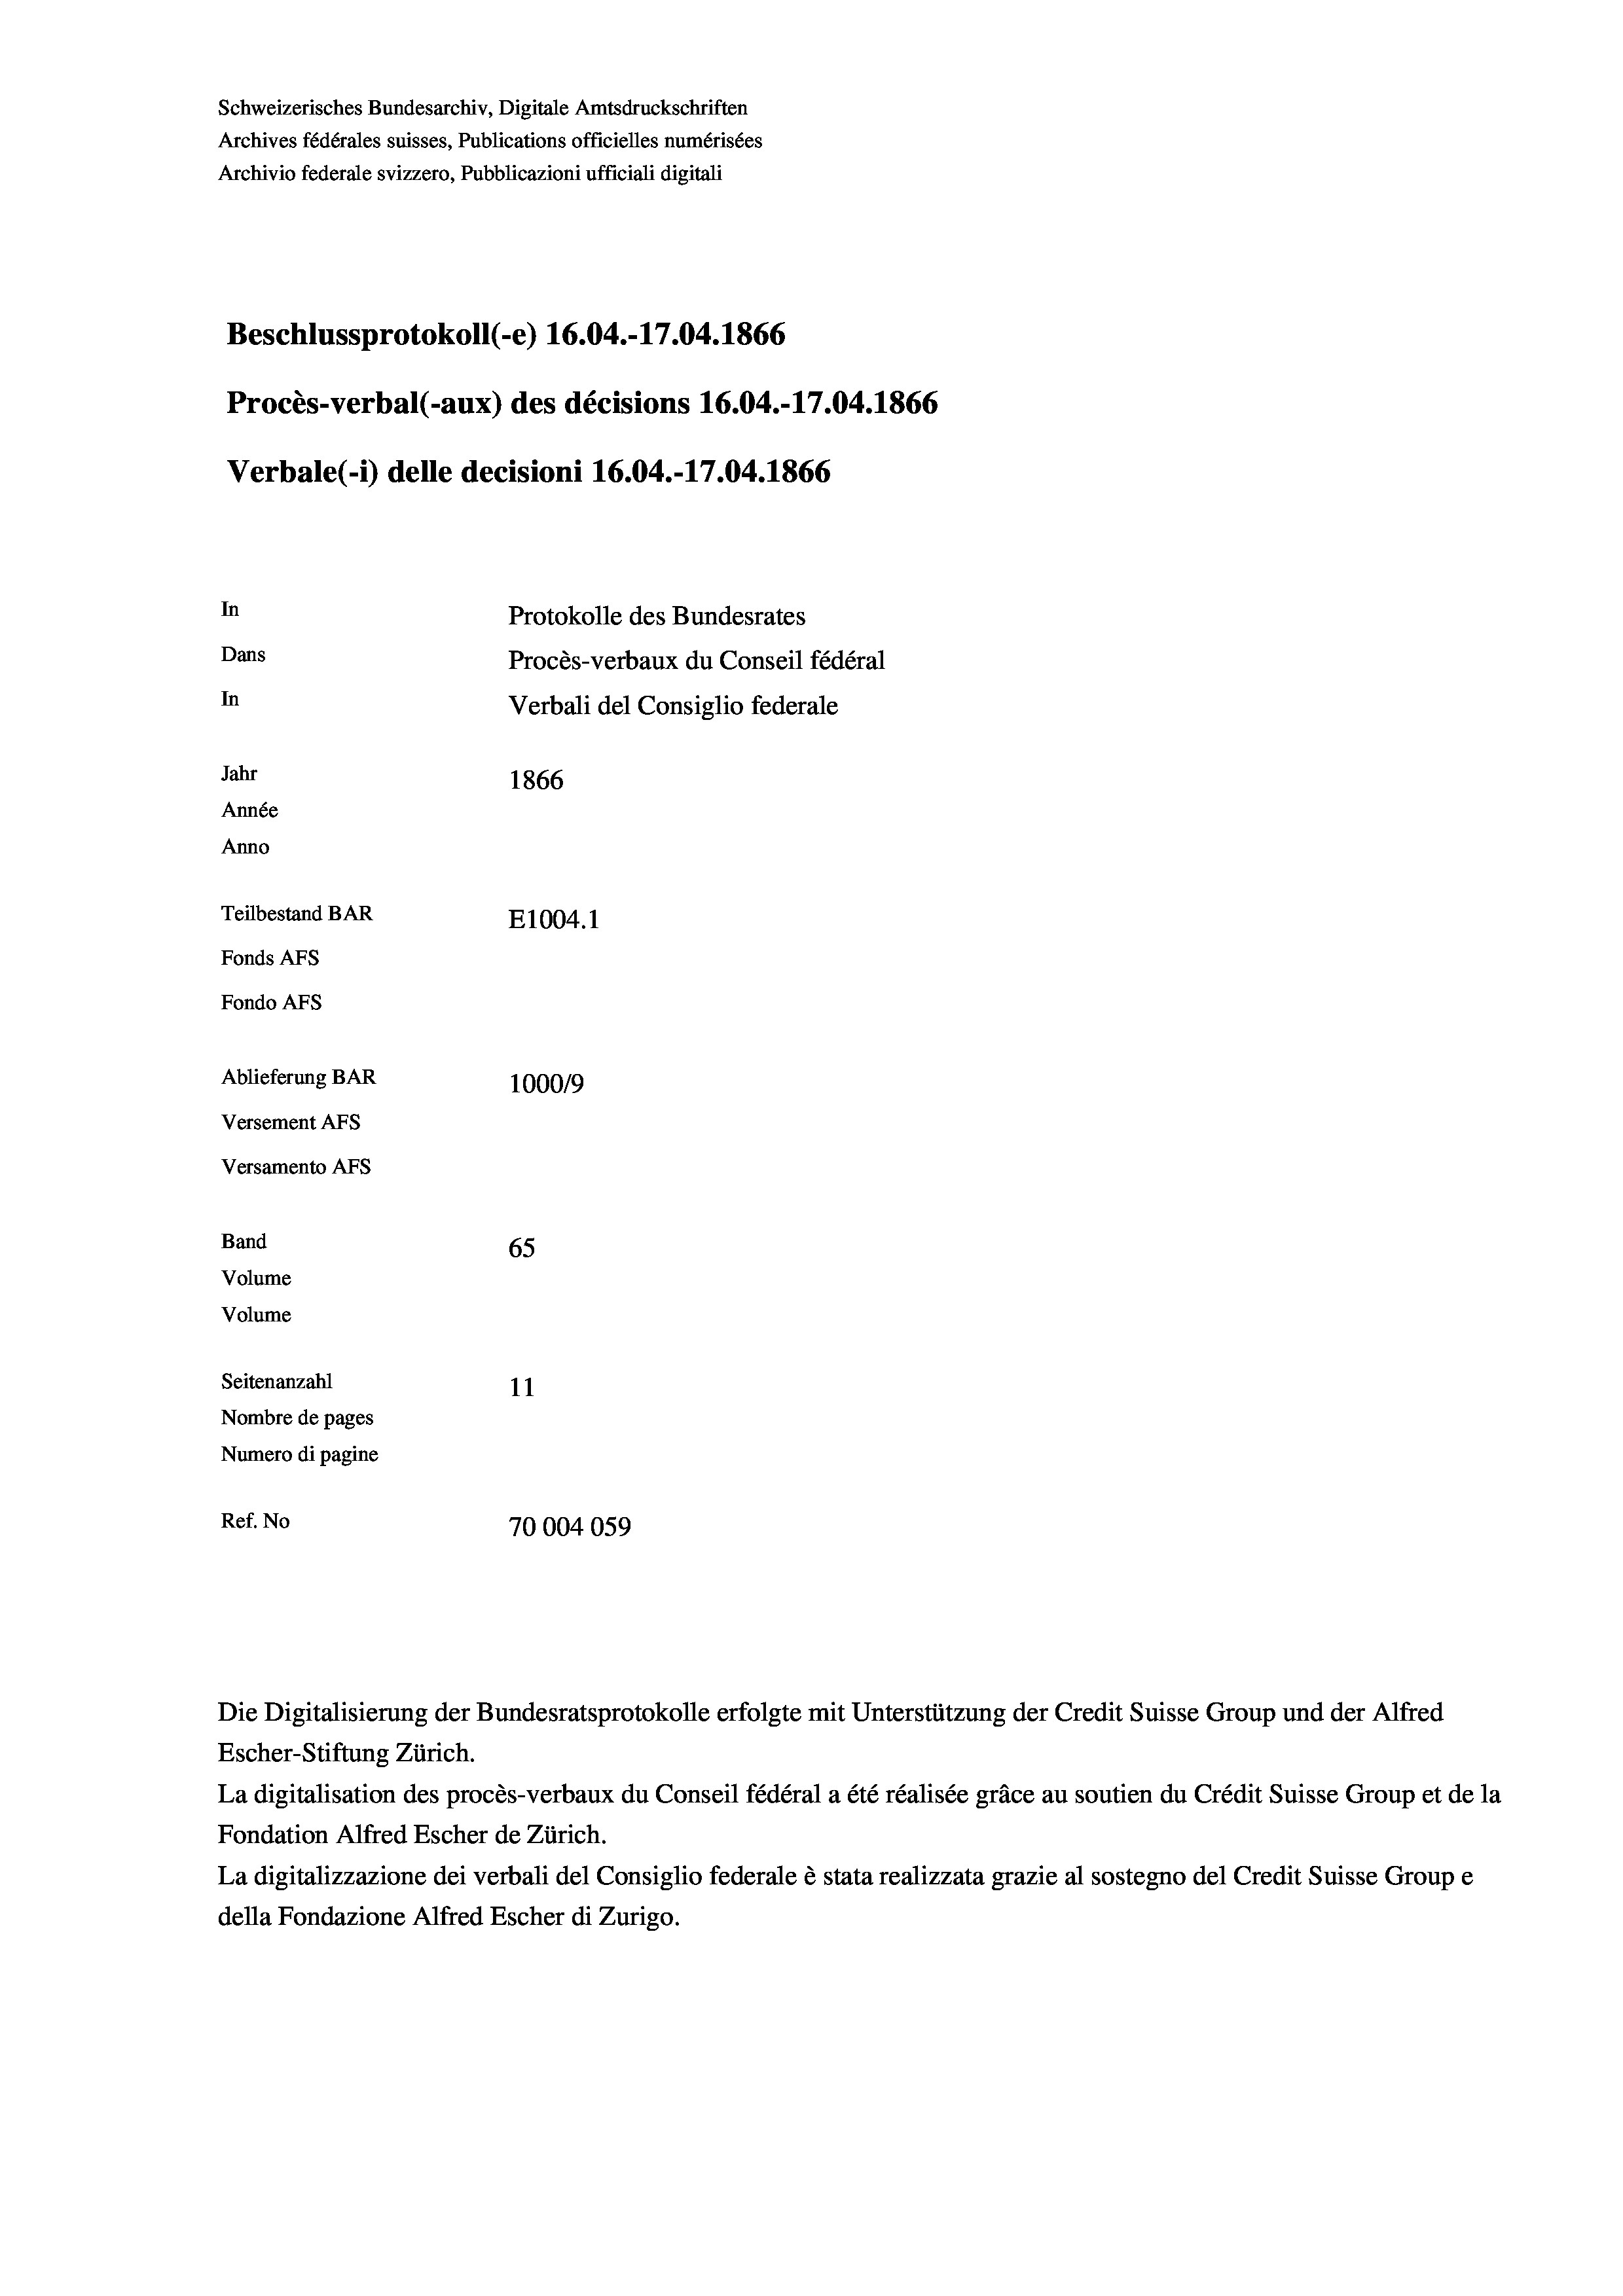
Schweizerisches Bundesarchiv, Digitale Amtsdruckschriften
Archives fédérales suisses, Publications officielles numérisées
Archivio federale svizzero, Pubblicazioni ufficiali digitali
Beschlussprotokoll (-e) 16.04.-17.04. 1866
Procès-verbal (-aux) des décisions 16.04.-17.04. 1866
Verbale (i) delle decisioni 16.04.-17.04. 1866
In
Protokolle des Bundesrates
Dans
Procès-verbaux du Conseil fédéral
In
Verbali del Consiglio federale
Jahr
1866
Année
Anno
Teilbestand BAR
E1004.1
Fonds AFs
Fondo Afs
Ablieferung BAR
100019
Versement AFs
Versamento AFs
Band
65
Volume
Volume

Seitenanzahl

11
Nombre de pages
Numero di pagine
Ref. No
70004059

Die Digitalisierung der Bundesratsprotokolle erfolgte mit Unterstützung der Credit Suisse Group und der Alfred
Escher-Stiftung Zürich.
La digitalisation des procès-verbaux du Conseil fédéral a été réalisée gräce au soutien du Crédit Suisse Group et de la
Fondation Alfred Escher de Zürich.
La digitalizzazione dei verbali del Consiglio federale è stata realizzata grazie al sostegno del Credit Suisse Groupe
della Fondazione Alfred Escher di Zurigo.